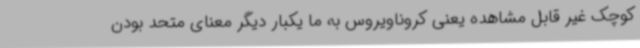
کوچک غیر قابل مشاهده یعنی کروناویروس به ما یکبار دیگر معنای متحد بودن